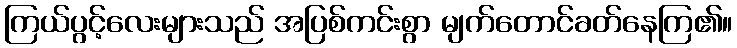
ကြယ်ပွင့်လေးများသည် အပြစ်ကင်းစွာ မျက်တောင်ခတ်နေကြ၏။